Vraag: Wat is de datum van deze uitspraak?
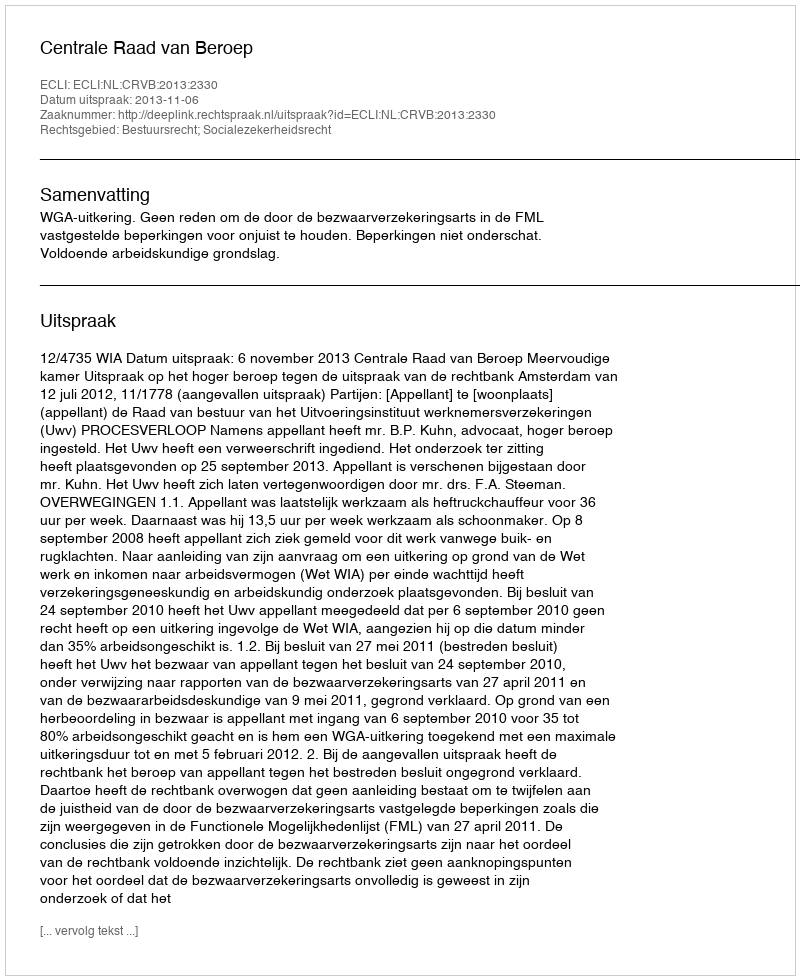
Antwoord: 2013-11-06